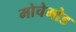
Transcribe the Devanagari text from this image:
मोचेमोड